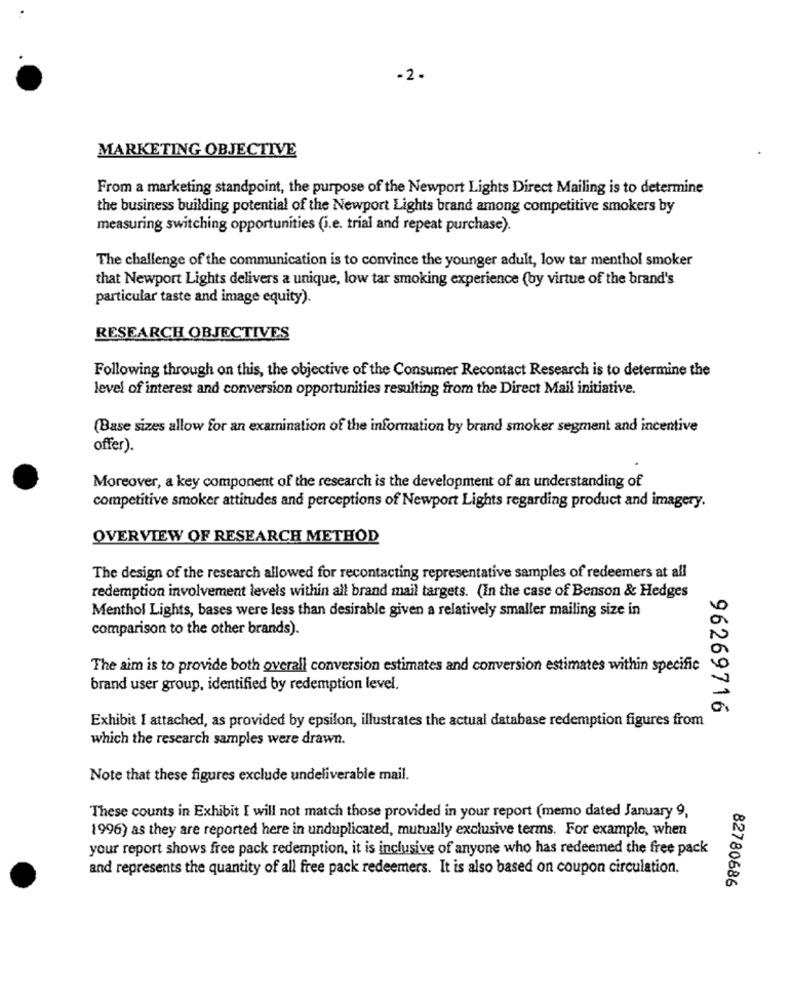
-2.
MARKETING OBJECTIVE
From a marketing standpoint, the purpose of the Newport Lights Direct Mailing is to determine
the business building potential of the Newport Lights brand among competitive smokers by
measuring switching opportunities (i.e. trial and repeat purchase).
The challenge of the communication is to convince the younger adult, low tar menthol smoker
that Newport Lights delivers a unique, low tar smoking experience (by virtue of the brand's
particular taste and image equity).
RESEARCH OBJECTIVES
Following through on this, the objective of the Consumer Recontact Research is to determine the
level of interest and conversion opportunities resulting from the Direct Mail initiative.
(Base sizes allow for an examination of the information by brand smoker segment and incentive
offer).
Moreover, a key component of the research is the development of an understanding of
competitive smoker attitudes and perceptions of Newport Lights regarding product and imagery.
OVERVIEW OF RESEARCH METHOD
The design of the research allowed for recontacting representative samples of redeemers at all
redemption involvement levels within all brand mail targets. (In the case of Benson & Hedges
Menthol Lights, bases were less than desirable given a relatively smaller mailing size in
comparison to the other brands).
The aim is to provide both overall conversion estimates and conversion estimates within specific
brand user group, identified by redemption level.
96269716
Exhibit I attached, as provided by epsilon, illustrates the actual database redemption figures from
which the research samples were drawn.
Note that these figures exclude undeliverable mail.
These counts in Exhibit I will not match those provided in your report (memo dated January 9,
1996) as they are reported here in unduplicated, mutually exclusive terms. For example, when
your report shows free pack redemption, it is inclusive of anyone who has redeemed the free pack
and represents the quantity of all free pack redeemers. It is also based on coupon circulation.
82780686